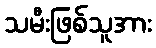
သမီးဖြစ်သူအား